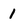
Character: 1